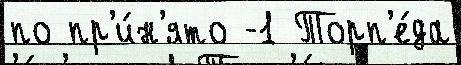
по пр'и́н'ято -1 Торп'е́да